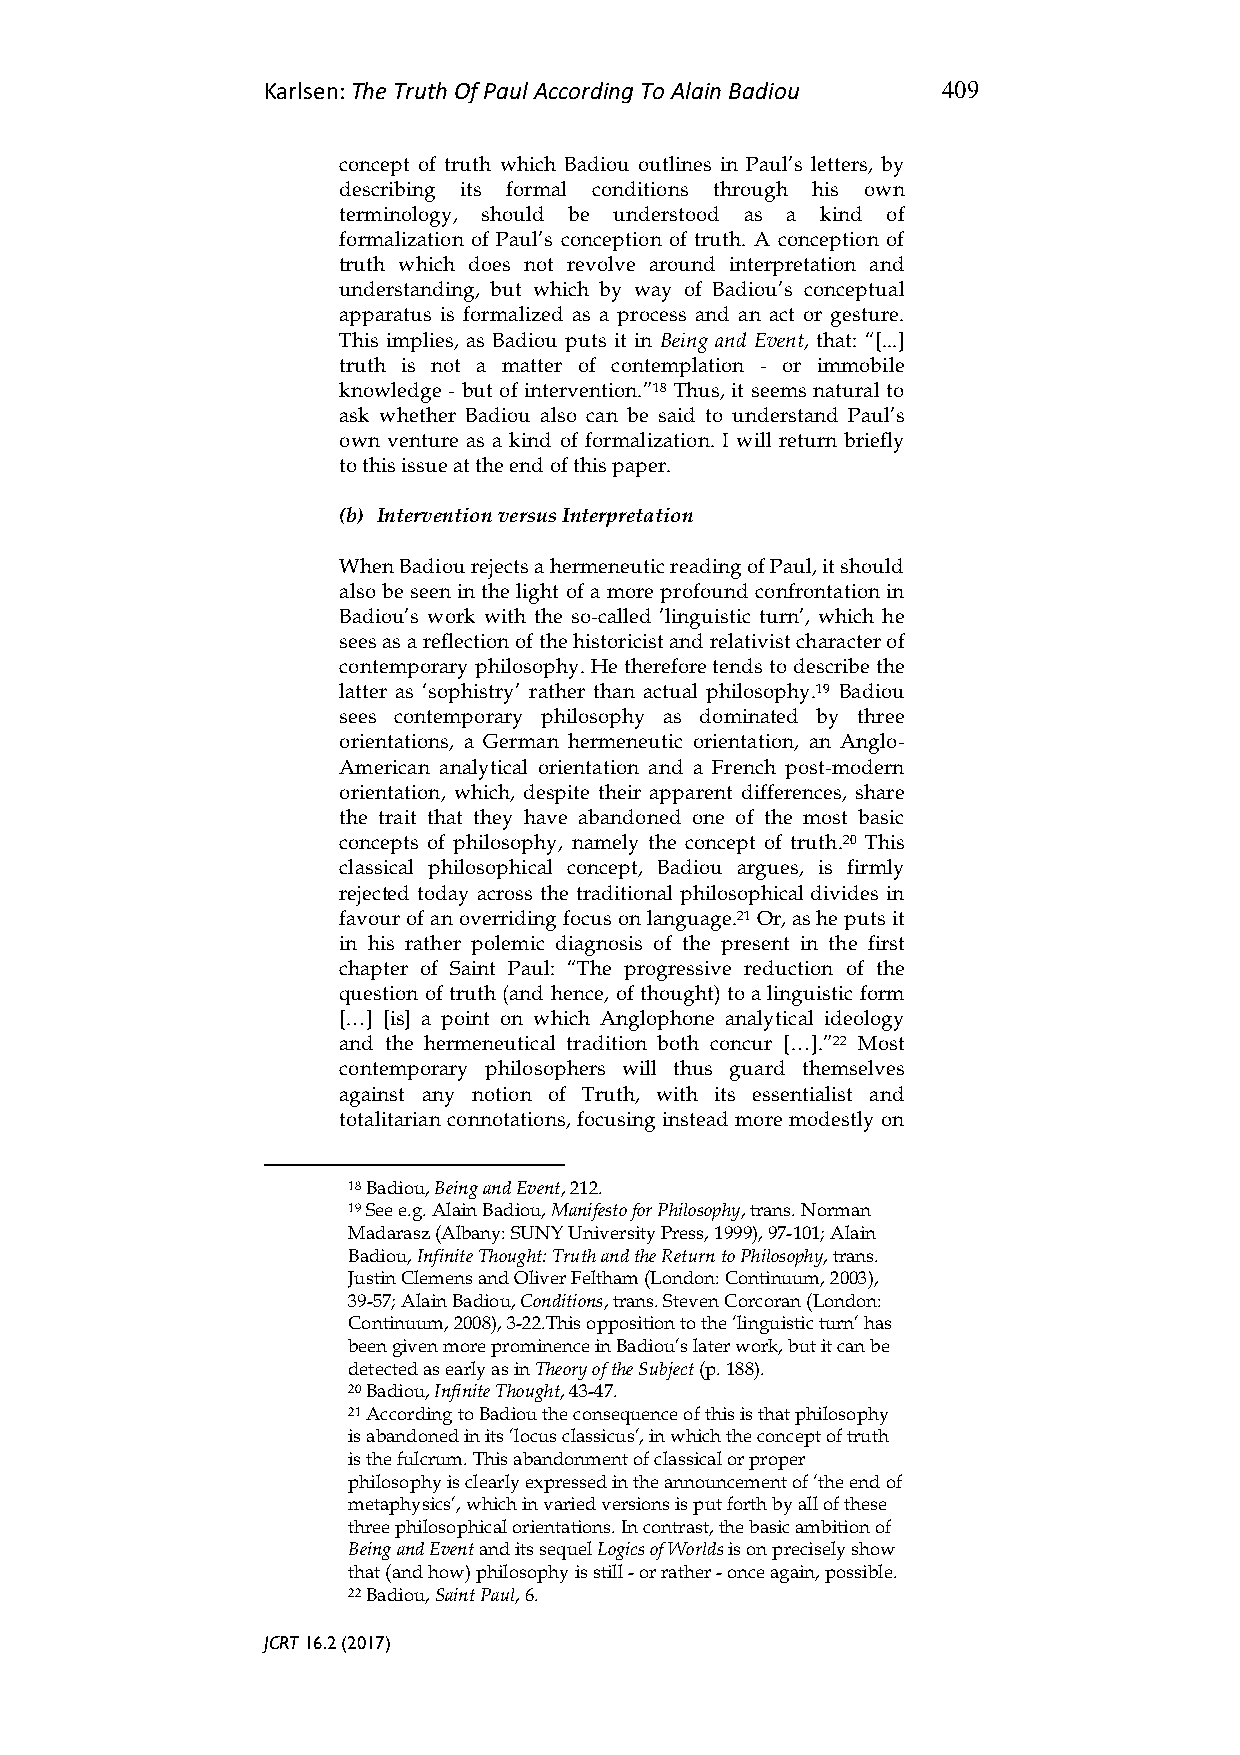
Karlsen: The Truth Of Paul According To Alain Badiou 409
 concept of truth which Badiou outlines in Paul’s letters, by
 describing its formal conditions through his own
 terminology, should be understood as a kind of
 formalization of Paul’s conception of truth. A conception of
 truth which does not revolve around interpretation and
 understanding, but which by way of Badiou’s conceptual
 apparatus is formalized as a process and an act or gesture.
 This implies, as Badiou puts it in Being and Event, that: “[...]
 truth is not a matter of contemplation - or immobile
 knowledge - but of intervention.”18 Thus, it seems natural to
 ask whether Badiou also can be said to understand Paul’s
 own venture as a kind of formalization. I will return briefly
 to this issue at the end of this paper.
 (b) Intervention versus Interpretation
 When Badiou rejects a hermeneutic reading of Paul, it should
 also be seen in the light of a more profound confrontation in
 Badiou’s work with the so-called ’linguistic turn’, which he
 sees as a reflection of the historicist and relativist character of
 contemporary philosophy. He therefore tends to describe the
 latter as ‘sophistry’ rather than actual philosophy.19 Badiou
 sees contemporary philosophy as dominated by three
 orientations, a German hermeneutic orientation, an Anglo-
 American analytical orientation and a French post-modern
 orientation, which, despite their apparent differences, share
 the trait that they have abandoned one of the most basic
 concepts of philosophy, namely the concept of truth.20 This
 classical philosophical concept, Badiou argues, is firmly
 rejected today across the traditional philosophical divides in
 favour of an overriding focus on language.21 Or, as he puts it
 in his rather polemic diagnosis of the present in the first
 chapter of Saint Paul: “The progressive reduction of the
 question of truth (and hence, of thought) to a linguistic form
 […] [is] a point on which Anglophone analytical ideology
 and the hermeneutical tradition both concur […].”22 Most
 contemporary philosophers will thus guard themselves
 against any notion of Truth, with its essentialist and
 totalitarian connotations, focusing instead more modestly on
 18 Badiou, Being and Event, 212.
 19 See e.g. Alain Badiou, Manifesto for Philosophy, trans. Norman
 Madarasz (Albany: SUNY University Press, 1999), 97-101; Alain
 Badiou, Infinite Thought: Truth and the Return to Philosophy, trans.
 Justin Clemens and Oliver Feltham (London: Continuum, 2003),
 39-57; Alain Badiou, Conditions, trans. Steven Corcoran (London:
 Continuum, 2008), 3-22.This opposition to the ‘linguistic turn’ has
 been given more prominence in Badiou’s later work, but it can be
 detected as early as in Theory of the Subject (p. 188).
 20 Badiou, Infinite Thought, 43-47.
 21 According to Badiou the consequence of this is that philosophy
 is abandoned in its ’locus classicus’, in which the concept of truth
 is the fulcrum. This abandonment of classical or proper
 philosophy is clearly expressed in the announcement of ‘the end of
 metaphysics’, which in varied versions is put forth by all of these
 three philosophical orientations. In contrast, the basic ambition of
 Being and Event and its sequel Logics of Worlds is on precisely show
 that (and how) philosophy is still - or rather - once again, possible.
 22 Badiou, Saint Paul, 6.
 JCRT 16.2 (2017)